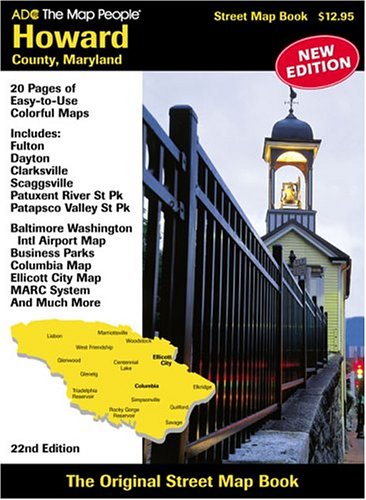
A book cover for Adc Howard County Maryland; ADC the Map People; Travel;